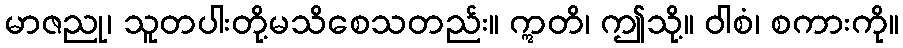
မာဇညု၊ သူတပါးတို့မသိစေသတည်း။ ဣတိ၊ ဤသို့။ ဝါစံ၊ စကားကို။